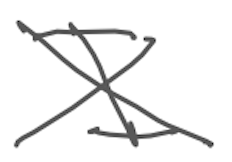
Text: I
Cross-out: cross
Writing tool: digital_gray